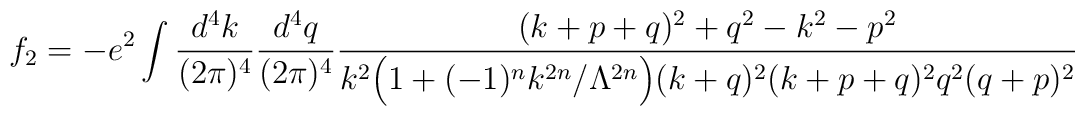
\ f_2 = - e^2 \int \frac{d^4k}{(2\pi)^4}\frac{d^4q}{(2\pi)^4}\frac{(k+p+q)^2+q^2-k^2-p^2}{k^2\Big(1 + (-1)^n k^{2n}/\Lambda^{2n}\Big)(k+q)^2 (k+p+q)^2 q^2 (q+p)^2}